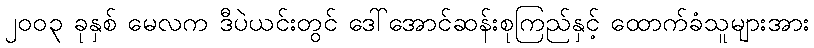
၂၀၀၃ ခုနှစ် မေလက ဒီပဲယင်းတွင် ဒေါ်အောင်ဆန်းစုကြည်နှင့် ထောက်ခံသူများအား